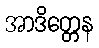
အာဒိတ္တေန